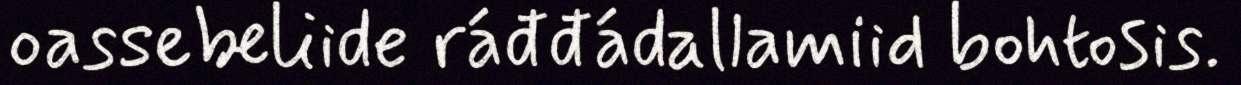
oassebeliide ráđđádallamiid bohtosis.